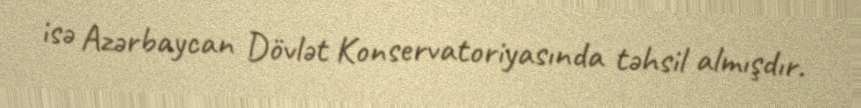
isə Azərbaycan Dövlət Konservatoriyasında təhsil almışdır.